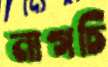
নাগচি